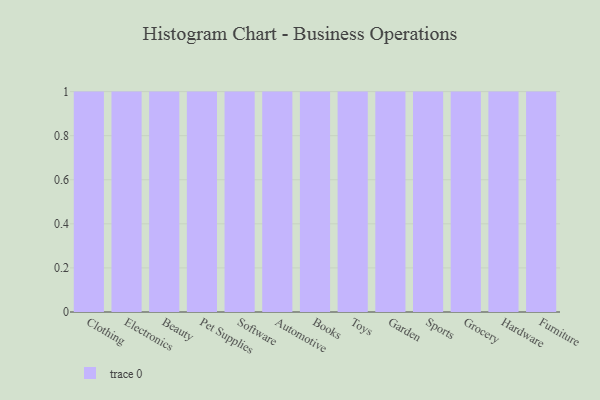
{"axis": {"x": "Category", "y": "Website Visitors"}, "legend": [""], "data": [{"x": "Clothing", "y": 12, "type": ""}, {"x": "Electronics", "y": 98, "type": ""}, {"x": "Beauty", "y": 93, "type": ""}, {"x": "Pet Supplies", "y": 64, "type": ""}, {"x": "Software", "y": 82, "type": ""}, {"x": "Automotive", "y": 39, "type": ""}, {"x": "Books", "y": 98, "type": ""}, {"x": "Toys", "y": 47, "type": ""}, {"x": "Garden", "y": 96, "type": ""}, {"x": "Sports", "y": 41, "type": ""}, {"x": "Grocery", "y": 14, "type": ""}, {"x": "Hardware", "y": 25, "type": ""}, {"x": "Furniture", "y": 17, "type": ""}]}